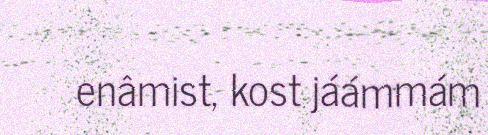
enâmist, kost jáámmám